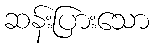
ဆန်းပြားသော